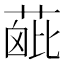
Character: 𦶰